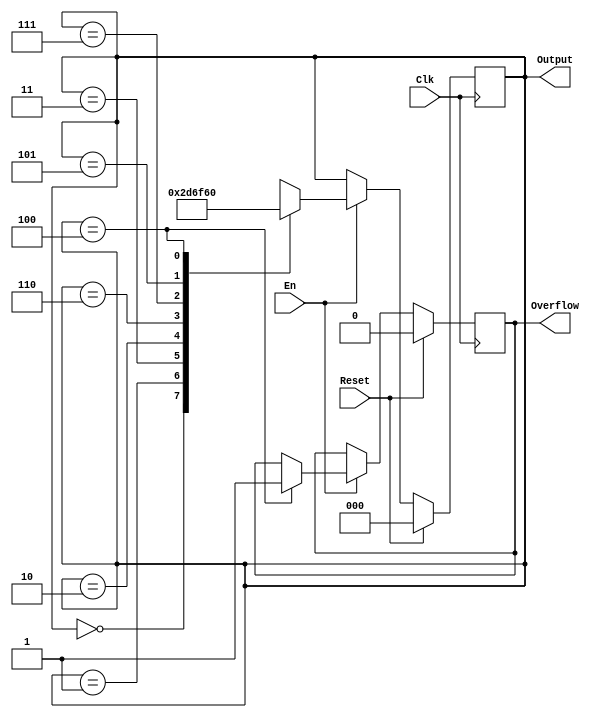
`timescale 1ns / 1ps
//////////////////////////////////////////////////////////////////////////////////
// Company: 
// Engineer: 
// 
// Design Name: 
// Module Name:    gray 
// Project Name: 
// Target Devices: 
// Tool versions: 
// Description: 
//
// Dependencies: 
//
// Revision: 
// Revision 0.01 - File Created
// Additional Comments: 
//
//////////////////////////////////////////////////////////////////////////////////
module gray(
    input Clk,
    input Reset,
    input En,
    output reg [2:0] Output,
    output reg Overflow
    );

initial begin
	Output = 0;
	Overflow = 0;
end

always @(posedge Clk) begin
	if (Reset == 1) begin
		Output <= 0;
		Overflow <= 0;
	end
	else if (En==1) begin
		case (Output)
		3'b000: Output <= 3'b001;
		3'b001: Output <= 3'b011;
		3'b011: Output <= 3'b010;
		3'b010: Output <= 3'b110;
		3'b110: Output <= 3'b111;
		3'b111: Output <= 3'b101;
		3'b101: Output <= 3'b100;
		3'b100: begin
					Output <= 3'b000;
					Overflow <= 1;
					end
		default: ;
		endcase
	end
end

endmodule